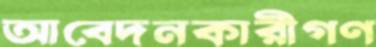
আবেদনকারীগণ